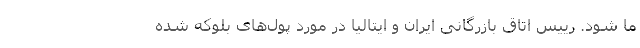
ما شود. رییس اتاق بازرگانی ایران و ایتالیا در مورد پول‌های بلوکه شده